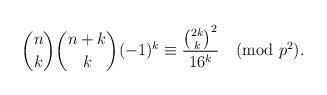
LaTeX: \begin{align*} \binom nk\binom{n+k}k(-1)^k\equiv\frac{\binom{2k}k^2}{16^k}\pmod{p^2}. \end{align*}